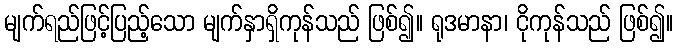
မျက်ရည်ဖြင့်ပြည့်သော မျက်နှာရှိကုန်သည် ဖြစ်၍။ ရုဒမာနာ၊ ငိုကုန်သည် ဖြစ်၍။